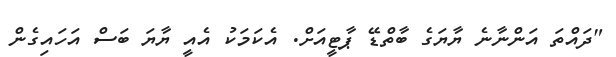
"ދައްތަ އަންނާނެ ޔާޔަގެ ބާތްޑޭ ޕާޓީއަށް. އެކަމަކު އެއީ ޔާޔަ ބަސް އަހައިގެން